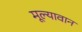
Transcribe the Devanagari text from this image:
मूल्‍यावान